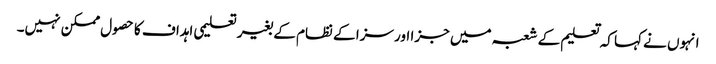
انہوں نے کہا کہ تعلیم کے شعبہ میں جزا اور سزا کے نظام کے بغیر تعلیمی اہداف کا حصول ممکن نہیں۔